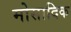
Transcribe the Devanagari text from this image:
मोसादिक